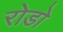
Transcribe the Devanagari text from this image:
रोडो